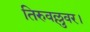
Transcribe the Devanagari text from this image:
तिरुवल्लुवर।